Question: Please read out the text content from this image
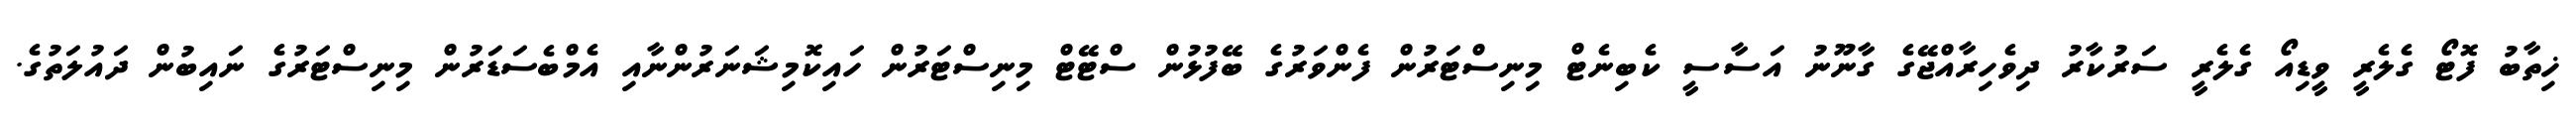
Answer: ޚިތާބު ފޮޓޯ ގެލެރީ ވީޑިއޯ ގެލެރީ ސަރުކާރު ދިވެހިރާއްޖޭގެ ގާނޫނު އަސާސީ ކެބިނެޓް މިނިސްޓަރުން ފެންވަރުގެ ބޭފުޅުން ސްޓޭޓް މިނިސްޓަރުން ހައިކޮމިޝަނަރުންނާއި އެމްބެސަޑަރުން މިނިސްޓަރުގެ ނައިބުން ދައުލަތުގެ.